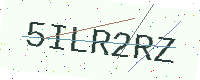
Text: 5ILR2RZ